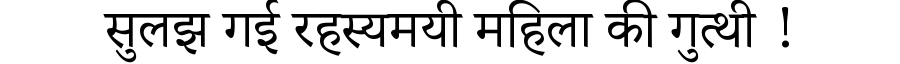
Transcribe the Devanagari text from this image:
सुलझ गई रहस्यमयी महिला की गुत्थी !